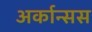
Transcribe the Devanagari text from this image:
अर्कान्सस